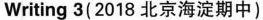
Writing3(2018北京海淀期中)